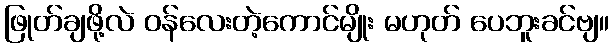
ဖြုတ်ချဖို့လဲ ဝန်လေးတဲ့ကောင်မျိုး မဟုတ် ပေဘူးခင်ဗျ။